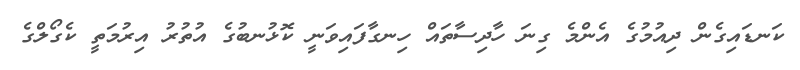
ކަނޑައިގެން ދިއުމުގެ އެންމެ ގިނަ ހާދިސާތައް ހިނގާފައިވަނީ ކޮޅުނބުގެ އުތުރު އިރުމަތީ ކެގޯލްގެ